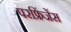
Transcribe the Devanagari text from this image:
परफ्रिंजेंस